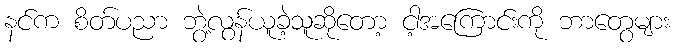
နင်က စိတ်ပညာ ဘွဲ့လွန်ယူခဲ့သူဆိုတော့ ငါ့အကြောင်းကို ဘာတွေများ